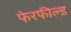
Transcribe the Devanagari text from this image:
फेरफील्ड